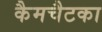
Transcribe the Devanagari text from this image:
कैमचैटका